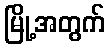
မြို့အတွက်